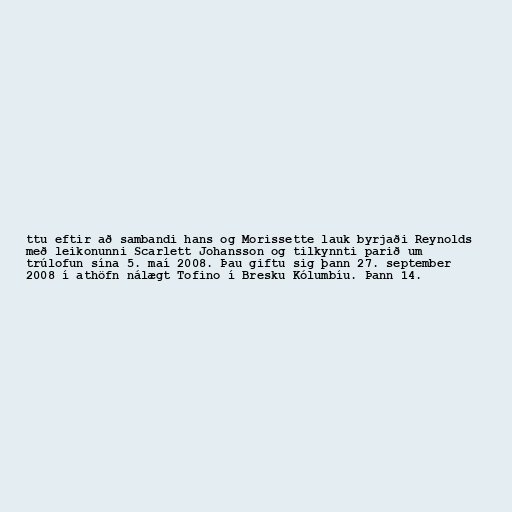
ttu eftir að sambandi hans og Morissette lauk byrjaði Reynolds
með leikonunni Scarlett Johansson og tilkynnti parið um
trúlofun sína 5. maí 2008. Þau giftu sig þann 27. september
2008 í athöfn nálægt Tofino í Bresku Kólumbíu. Þann 14.